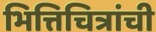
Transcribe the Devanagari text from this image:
भित्तिचित्रांची